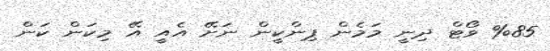
%85 ވޯޓް ދިނީ މަމެން ޕިންކީން ނަށޭ އެއީ އޭ މިކަން ކަން